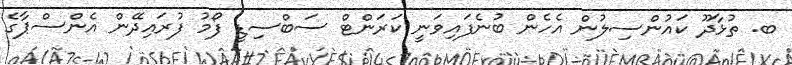
ބ. ތުޅާދޫ ކައުންސިލުން އެހެން ބުނެފައިވަނީ ކަރަންޓް ސަބްސިޑީ ފޯމު ފުރައިދޭން އެންސްޕާގެ